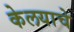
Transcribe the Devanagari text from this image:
केलयाचे